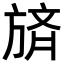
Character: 𪯼